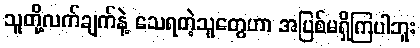
သူတို့လက်ချက်နဲ့ သေရတဲ့သူတွေဟာ အပြစ်မရှိကြပါဘူး